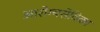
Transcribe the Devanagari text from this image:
आरोग्यसेविका